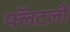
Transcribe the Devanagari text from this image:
फ्लॅटली